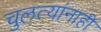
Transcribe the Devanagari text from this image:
चुलत्यांनाही